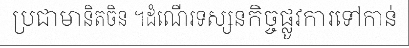
ប្រជាមានិតចិន ។ដំណើរទស្សនកិច្ចផ្លូវការទៅកាន់